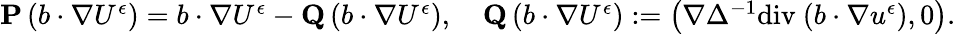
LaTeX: \begin{array}{r}{\mathbf{P}\left(b\cdot\nabla U^{\epsilon}\right)=b\cdot\nabla U^{\epsilon}-\mathbf{Q}\left(b\cdot\nabla U^{\epsilon}\right),\quad\mathbf{Q}\left(b\cdot\nabla U^{\epsilon}\right):=\big(\nabla\Delta^{-1}\mathrm{div~}(b\cdot\nabla u^{\epsilon}),0\big).}\end{array}